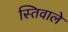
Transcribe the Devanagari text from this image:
स्तिवाले